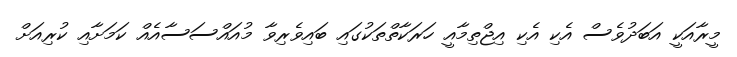
މީރާއަކީ އަބަދުވެސް އެކި އެކި އިޖްތިމާއީ ހަރަކާތްތަކުގައި ބައިވެރިވާ މުއައްސަސާއެއް ކަމަށާއި ކުރިއަށް